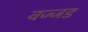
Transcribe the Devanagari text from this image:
वज्जड